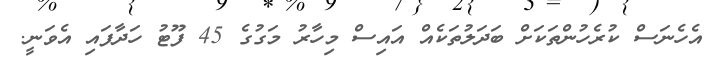
އެހެނަސް ކުރެހުންތަކަށް ބަދަލުތަކެއް އައިސް މިހާރު މަގުގެ 45 ފޫޓު ހަދާފައި އެވަނީ.